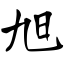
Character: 旭